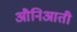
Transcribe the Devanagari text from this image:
औनिआती